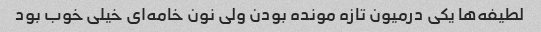
لطیفه‌ها یکی درمیون تازه مونده بودن ولی نون خامه‌ای خیلی خوب بود